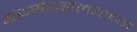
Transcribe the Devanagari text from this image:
ग्रंथसंग्रहालयाच्या़